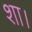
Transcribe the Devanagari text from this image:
शा।